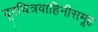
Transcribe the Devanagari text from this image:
दूरचित्रवाहिनीसमूह